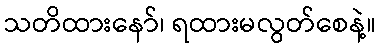
သတိထားနော်၊ ရထားမလွတ်စေနဲ့။